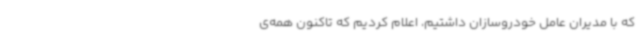
که با مدیران عامل خودروسازان داشتیم، اعلام کردیم که تاکنون همه‌ی